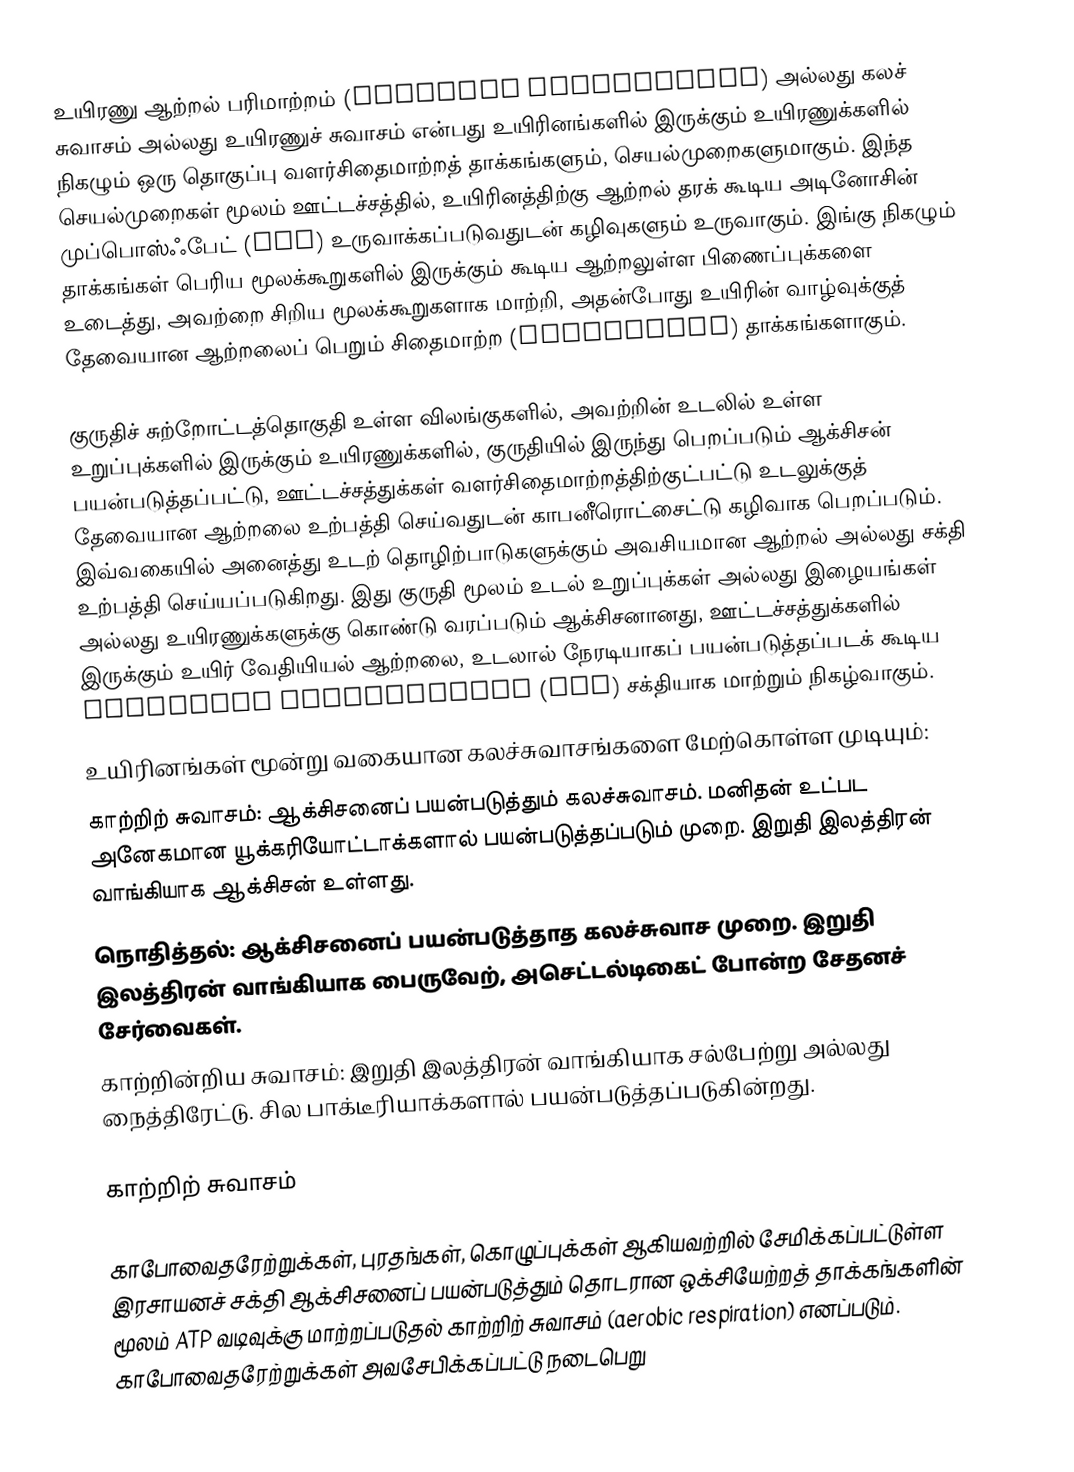
உயிரணு ஆற்றல் பரிமாற்றம் (Cellular Respiration) அல்லது கலச் சுவாசம் அல்லது உயிரணுச் சுவாசம் என்பது உயிரினங்களில் இருக்கும் உயிரணுக்களில் நிகழும் ஒரு தொகுப்பு வளர்சிதைமாற்றத் தாக்கங்களும், செயல்முறைகளுமாகும். இந்த செயல்முறைகள் மூலம் ஊட்டச்சத்தில், உயிரினத்திற்கு ஆற்றல் தரக் கூடிய அடினோசின் முப்பொஸ்ஃபேட் (ATP) உருவாக்கப்படுவதுடன் கழிவுகளும் உருவாகும். இங்கு நிகழும் தாக்கங்கள் பெரிய மூலக்கூறுகளில் இருக்கும் கூடிய ஆற்றலுள்ள பிணைப்புக்களை உடைத்து, அவற்றை சிறிய மூலக்கூறுகளாக மாற்றி, அதன்போது உயிரின் வாழ்வுக்குத் தேவையான ஆற்றலைப் பெறும் சிதைமாற்ற (Catabolism) தாக்கங்களாகும்.

குருதிச் சுற்றோட்டத்தொகுதி உள்ள விலங்குகளில், அவற்றின் உடலில் உள்ள உறுப்புக்களில் இருக்கும் உயிரணுக்களில், குருதியில் இருந்து பெறப்படும் ஆக்சிசன் பயன்படுத்தப்பட்டு, ஊட்டச்சத்துக்கள் வளர்சிதைமாற்றத்திற்குட்பட்டு உடலுக்குத் தேவையான ஆற்றலை உற்பத்தி செய்வதுடன் காபனீரொட்சைட்டு கழிவாக பெறப்படும். இவ்வகையில் அனைத்து உடற் தொழிற்பாடுகளுக்கும் அவசியமான ஆற்றல் அல்லது சக்தி உற்பத்தி செய்யப்படுகிறது. இது குருதி மூலம் உடல் உறுப்புக்கள் அல்லது இழையங்கள் அல்லது உயிரணுக்களுக்கு கொண்டு வரப்படும் ஆக்சிசனானது, ஊட்டச்சத்துக்களில் இருக்கும் உயிர் வேதியியல் ஆற்றலை, உடலால் நேரடியாகப் பயன்படுத்தப்படக் கூடிய Adenosine triphosphate (ATP) சக்தியாக மாற்றும் நிகழ்வாகும்.
உயிரினங்கள் மூன்று வகையான கலச்சுவாசங்களை மேற்கொள்ள முடியும்:
 காற்றிற் சுவாசம்: ஆக்சிசனைப் பயன்படுத்தும் கலச்சுவாசம். மனிதன் உட்பட அனேகமான யூக்கரியோட்டாக்களால் பயன்படுத்தப்படும் முறை. இறுதி இலத்திரன் வாங்கியாக ஆக்சிசன் உள்ளது.
 நொதித்தல்: ஆக்சிசனைப் பயன்படுத்தாத கலச்சுவாச முறை. இறுதி இலத்திரன் வாங்கியாக பைருவேற், அசெட்டல்டிகைட் போன்ற சேதனச் சேர்வைகள்.
 காற்றின்றிய சுவாசம்: இறுதி இலத்திரன் வாங்கியாக சல்பேற்று அல்லது நைத்திரேட்டு. சில பாக்டீரியாக்களால் பயன்படுத்தப்படுகின்றது.

காற்றிற் சுவாசம்

காபோவைதரேற்றுக்கள், புரதங்கள், கொழுப்புக்கள் ஆகியவற்றில் சேமிக்கப்பட்டுள்ள இரசாயனச் சக்தி ஆக்சிசனைப் பயன்படுத்தும் தொடரான ஒக்சியேற்றத் தாக்கங்களின் மூலம் ATP வடிவுக்கு மாற்றப்படுதல் காற்றிற் சுவாசம் (aerobic respiration) எனப்படும். காபோவைதரேற்றுக்கள் அவசேபிக்கப்பட்டு நடைபெறு